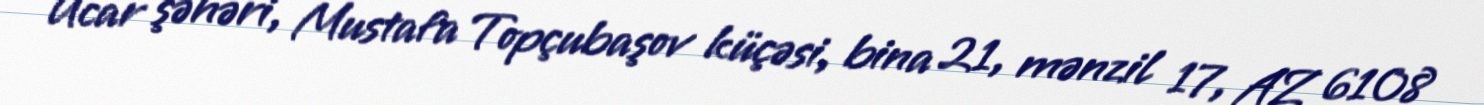
Ucar şəhəri, Mustafa Topçubaşov küçəsi, bina 21, mənzil 17, AZ 6108